Report on sanitation, dispensaries, and jails in Rajputana for 1921, and on vaccination for the year 1921-1922 - 1921-1922
Year: 1921
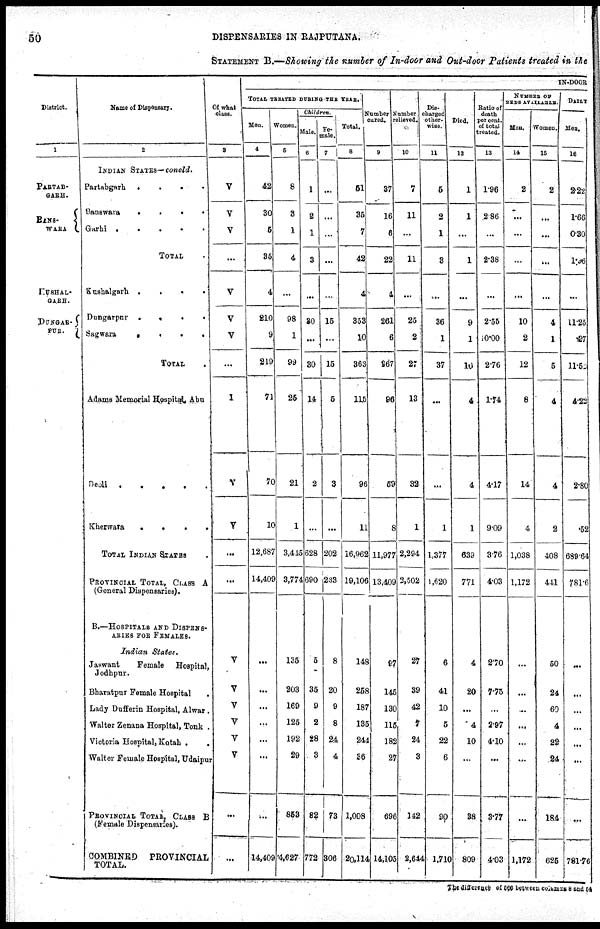
50
DISPENSARIES IN RAJPUTANA.
STATEMENT B.—Showing the number of In-door and Out-door Patients treated in the
District.
1
PARTAB¬
GARH.
BANS¬
WARA
KUSHAL¬
GARH.
DUNGAR¬
PUR.
Name of Dispensary.
2
INDIAN STATES— concld.
Partabgarh
.
.
.
.
Banswara
.
.
.
.
Garhi .
.
.
.
.
TOTAL .
Kushalgarh .
.
.
.
Dungarpur .
.
.
.
Sagwara
.
.
.
.
TOTAL .
Adams Memorial Hospital Abu
Deoli
.
.
.
.
.
Kherwara
.
.
.
.
TOTAL INDIAN STATES .
PROVINCIAL TOTAL, CLASS A
(General Dispensaries).
B.—HOSPITALS AND DISPENS¬
ARIES FOR FEMALES.
Indian
States.
Jaswant
Female
Hospital,
Jodhpur.
Bharatpur Female Hospital .
Lady Dufferin Hospital, Alwar .
Walter Zenana Hospital, Tonk .
Victoria Hospital, Kotah .
.
Walter Female Hospital, Udaipur
PROVINCIAL TOTAL, CLASS B
(Female Dispensaries).
COMBINED
PROVINCIAL
TOTAL.
Of what .
class.
3
V
V
V
...
V
V
V
...
1
V
V
...
...
V
V
V
V
V
V
...
...
IN-DOOR
TOTAL TREATED DURING THE YEAR.
Men.
4
42
30
6
35
4
210
9
219
71
70
10
12,687
14,409
...
...
...
...
...
...
...
14,409
Women.
5
8
3
1
4
...
98
1
99
25
21
1
3,445
3,774
135
203
169
125
192
29
853
4,627
Children.
Male.
6
1
2
1
3
...
30
...
30
14
2
...
628
690
5
35
9
2
28
3
82
772
Fe¬
male.
7
...
...
...
...
...
15
...
15
5
3
...
202
233
8
20
9
8
24
4
73
306
Total.
8
51
35
7
42
4
353
10
363
115
96
11
16,962
19,106
148
258
187
135
244
36
1,008
20,114
Number
cured.
9
37
16
6
22
4
261
6
267
96
59
8
11,977
13,409
97
145
130
115
182
27
696
14,105
Number
relieved.
10
7
11
...
11
...
25
2
27
13
32
1
2,294
2,502
27
39
42
7
24
3
142
2,644
Dis¬
charged
other¬
wise.
11
5
2
1
3
...
36
1
37
...
...
1
1,377
1,620
6
41
10
5
22
6
90
1,710
Died.
12
1
1
...
1
...
9
1
10
4
4
1
639
771
4
20
...
4
10
...
38
809
Ratio of .
death
per cent.
of total
treated.
13
1.96
2.86
...
2.38
...
2.55
10.00
2.76
1.74
4.17
9.09
3.76
4.03
2.70
7.75
...
2.97
4.10
...
3.77
4.03
NUMBER OF
BEDS AVAILABLE.
Men.
14
2
...
...
...
...
10
2
12
8
14
4
1,038
1,172
...
...
...
...
...
...
...
1,172
Women.
15
2
...
...
...
...
4
1
5
4
4
2
408
441
50
24
60
4
22
24
184
625
DAILY
Men.
16
2.22
1.66
0.30
1.96
...
11.25
.27
11.5
4.22
2.80
.52
689.64
781.6
...
...
...
...
...
...
...
781.76
The difference of 566 between columns 8 and 54